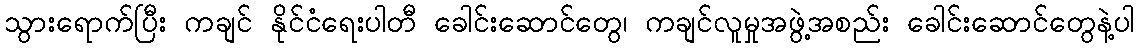
သွားရောက်ပြီး ကချင် နိုင်ငံရေးပါတီ ခေါင်းဆောင်တွေ၊ ကချင်လူမှုအဖွဲ့အစည်း ခေါင်းဆောင်တွေနဲ့ပါ